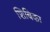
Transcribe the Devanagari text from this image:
शिबिका